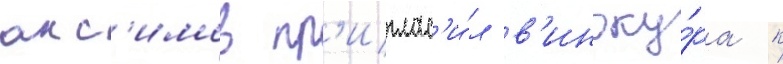
анс'имов пр'иглас'и́л в'иноку́ра к